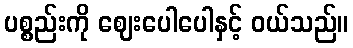
ပစ္စည်းကို ဈေးပေါပေါနှင့် ဝယ်သည်။